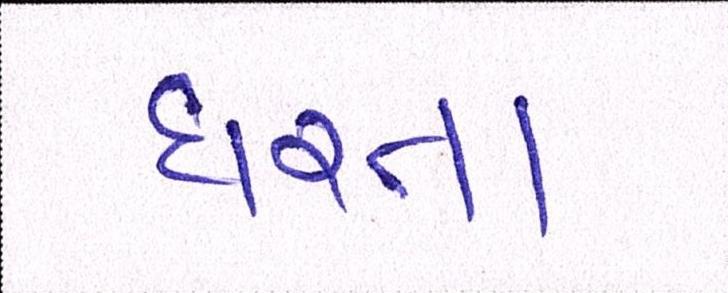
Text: ધરતા